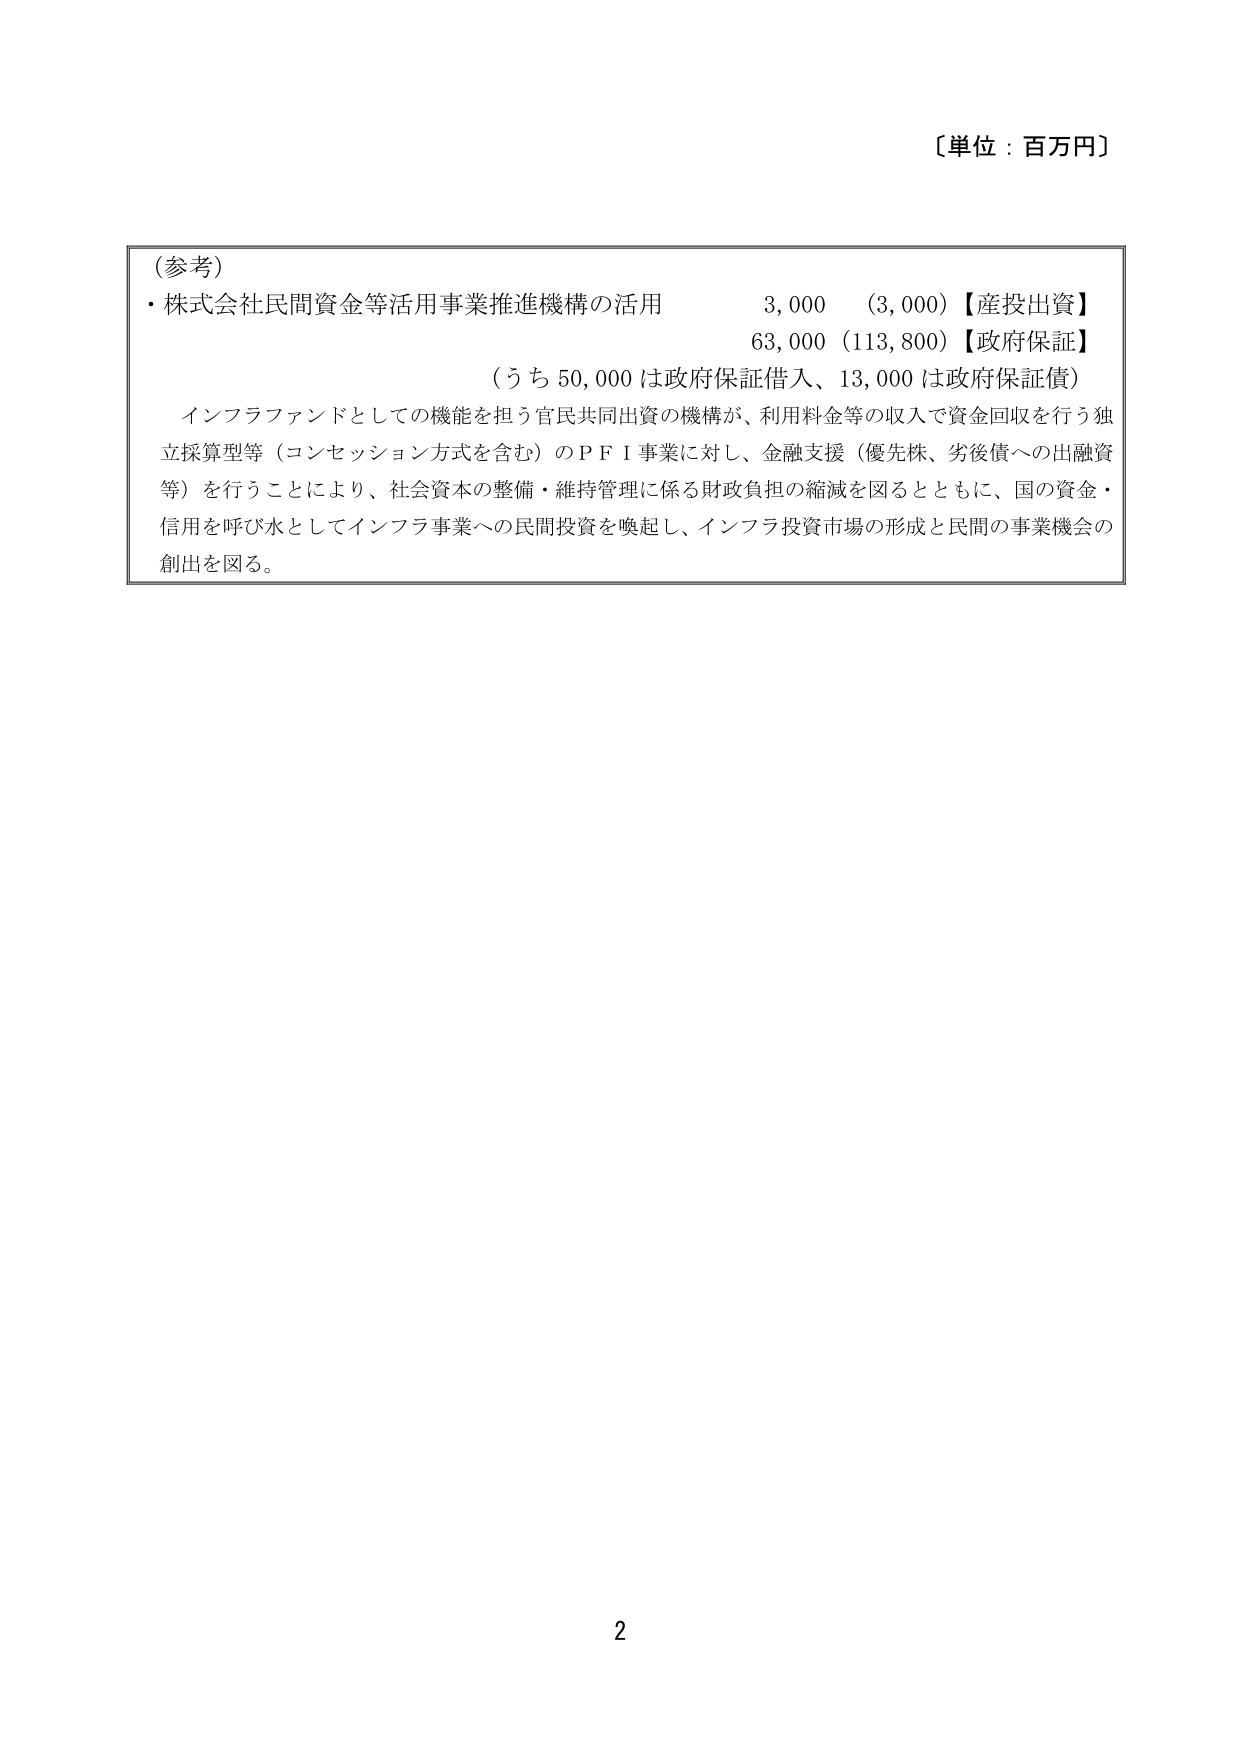
〔単位：百万円〕

(参考)
・株式会社民間資金等活用事業推進機構の活用　　3,000　(3,000)【産投出資】
　　　　　　　　　　　　　　　　　　　　　　　63,000 (113,800)【政府保証】
　　　　　　　　　　　　　　　　　　　(うち 50,000 は政府保証借入、13,000 は政府保証債)

インフラファンドとしての機能を担う官民共同出資の機構が、利用料金等の収入で資金回収を行う独立採算型等（コンセッション方式を含む）のＰＦＩ事業に対し、金融支援（優先株、劣後債への出融資等）を行うことにより、社会資本の整備・維持管理に係る財政負担の縮減を図るとともに、国の資金・信用を呼び水としてインフラ事業への民間投資を喚起し、インフラ投資市場の形成と民間の事業機会の創出を図る。

2